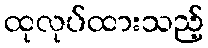
ထုလုပ်ထားသည့်